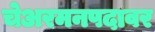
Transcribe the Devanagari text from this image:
चेअरमनपदावर